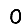
Digit: 0